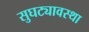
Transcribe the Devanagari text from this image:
सुघट्यावस्था